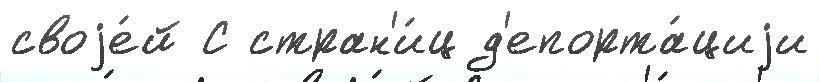
своjе́й С стран'и́ц д'епорта́циjи